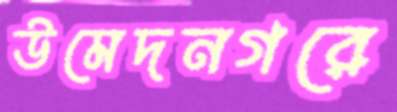
উমেদনগরে